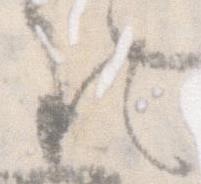
る